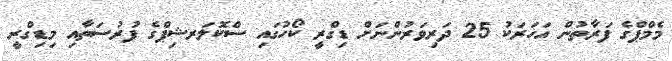
މެމްޕްގެ ފަރާތުން އަހަރަކު 25 ދަރިވަރުންނަށް ޑިގްރީ ކޯހުގައި ސްކޮލަރޝިޕްގެ ފުރުސަތާއި މިޑިގްރީ